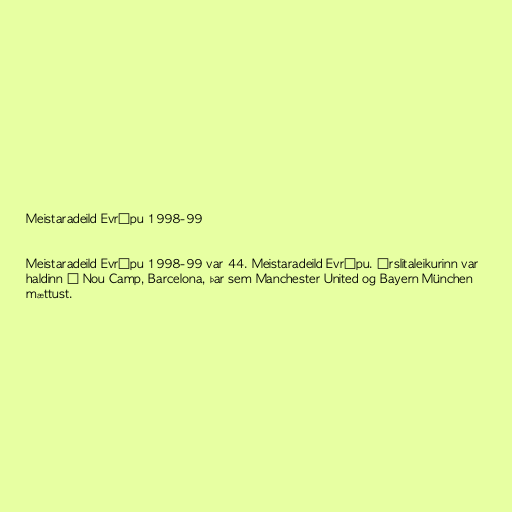
Meistaradeild Evrópu 1998-99

Meistaradeild Evrópu 1998-99 var 44. Meistaradeild Evrópu. Úrslitaleikurinn var
haldinn í Nou Camp, Barcelona, þar sem Manchester United og Bayern München
mættust.